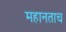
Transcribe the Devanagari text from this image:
महानताच